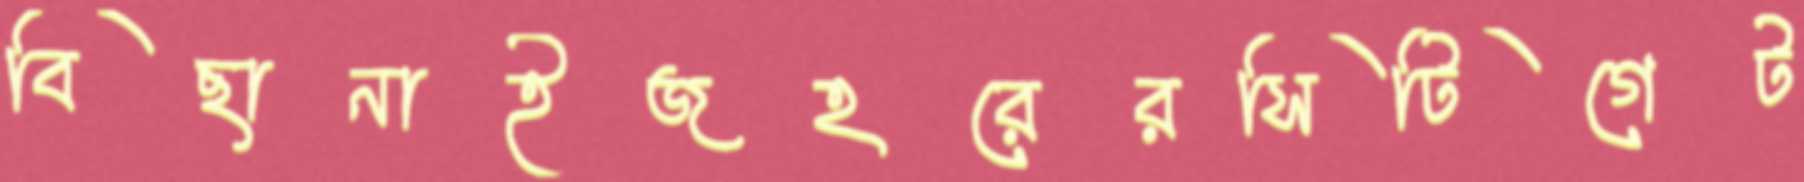
বিছানাইজহরেরসিটিগেট